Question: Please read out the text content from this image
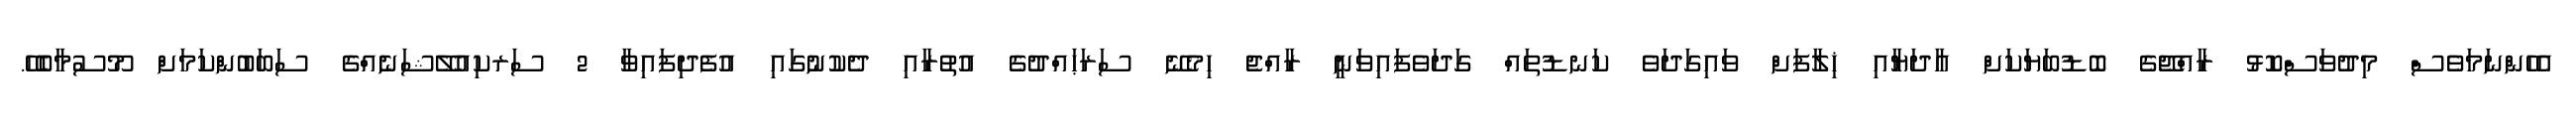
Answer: އެހެންނަމަވެސް މިދުވަސްކޮޅު ރާއްޖޭގެ ބޮޑުބަޔަކަށް އާދަޔާއި ޚިލާފަށް ވައިގަދަވެ ކަނޑުތައް ގަދަވެފައިވަނީ ރާއްޖެ ހިމެނޭ ސަރަޙައްދުގެ އުތުރާއި ދެކުނުގައި އުފެދިފައިވާ 2 ސަރކިއުލޭޝަނެއްގެ ސަބަބުންކަމަށް މޫސުމާބެހޭ.